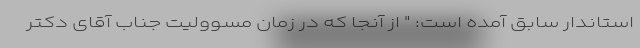
استاندار سابق آمده است: " از آنجا که در زمان مسوولیت جناب آقای دکتر